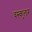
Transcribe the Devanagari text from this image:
वस्कुलर